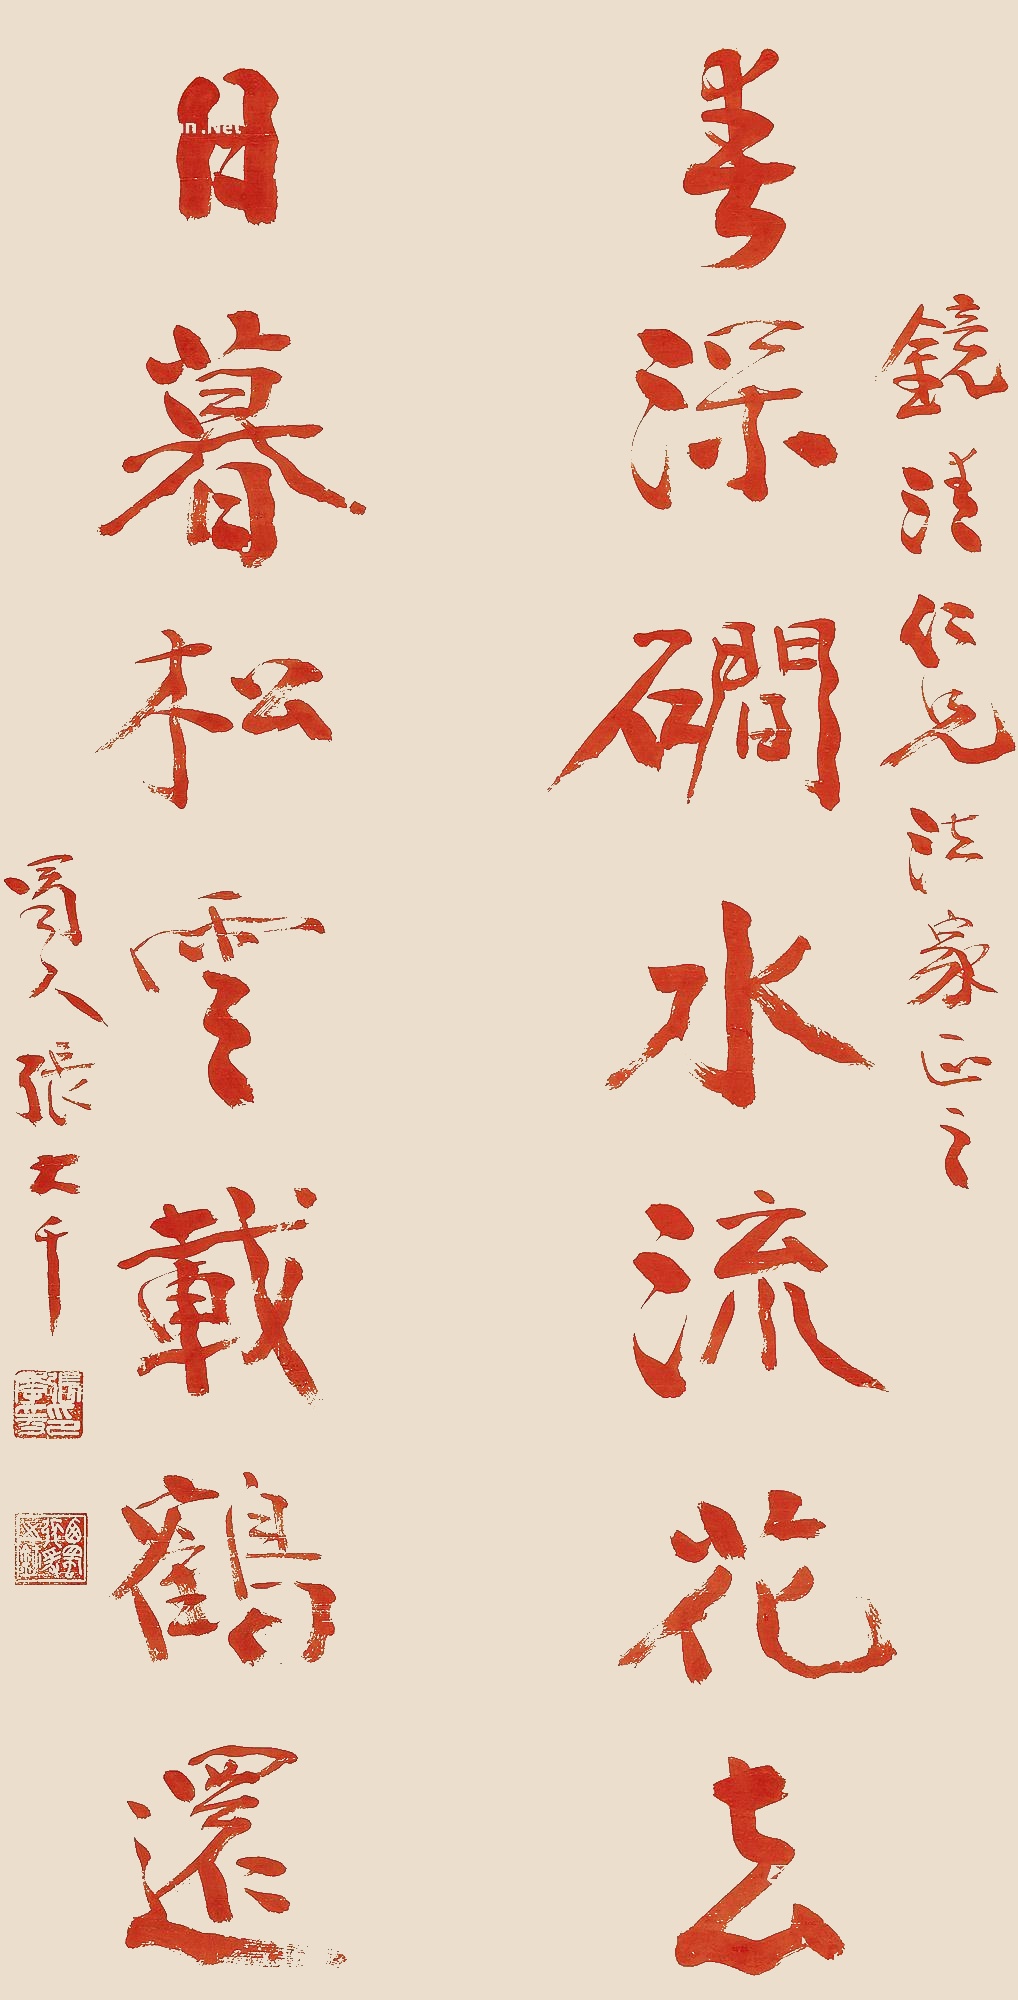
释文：春深磵水流花去，日暮松云载鹤远。镜清仁兄法家正之，蜀人张大千。